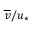
\overline { { v } } / u _ { \star }